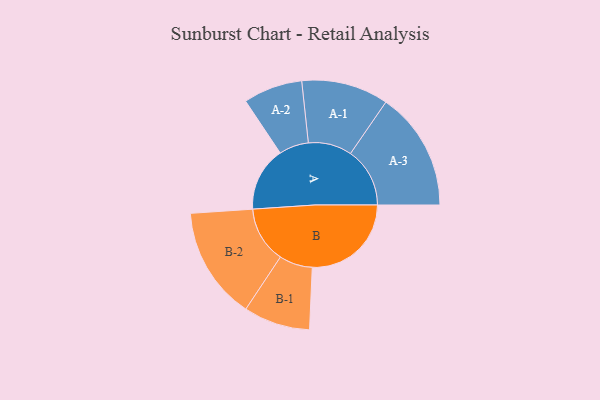
{"axis": {"x": "Segment", "y": "Value"}, "legend": ["", "A", "B"], "data": [{"x": "A", "y": 313, "type": ""}, {"x": "B", "y": 482, "type": ""}, {"x": "A-1", "y": 212, "type": "A"}, {"x": "A-2", "y": 144, "type": "A"}, {"x": "A-3", "y": 289, "type": "A"}, {"x": "B-1", "y": 162, "type": "B"}, {"x": "B-2", "y": 274, "type": "B"}]}